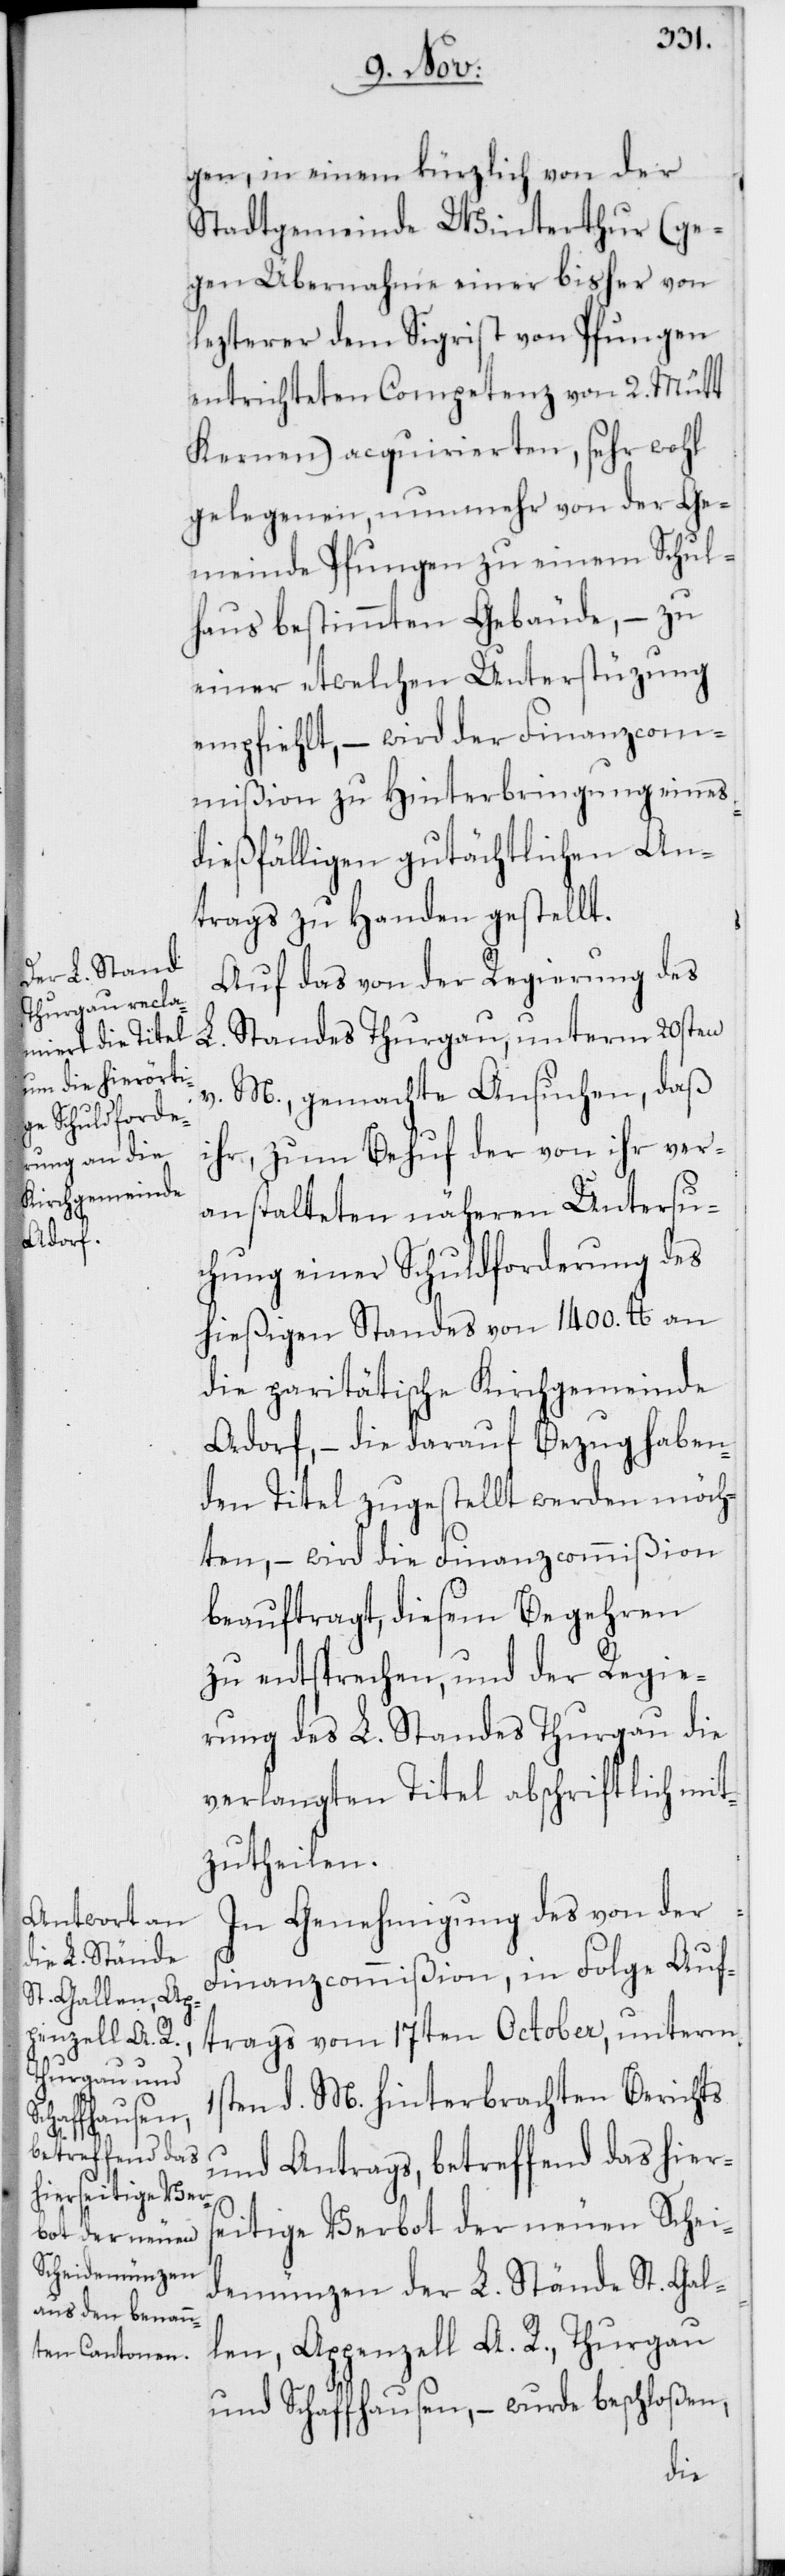
gen in einem kürzlich von der
Stadtgemeinde Winterthur (ge¬
gen Übernahme einer bisher von
lezterer dem Sigrist von Pfungen
entrichteten Competenz von 2. Mütt
Kernen) acquirierten, sehr wohl
gelegenen, nunmehr von der Ge¬
meinde Pfungen zu einem Schul¬
haus bestimmten Gebäude, – zu
einer etwelchen Unterstüzung
empfiehlt, – wird der Finanzcom¬
mißion zu Hinterbringung eines
dießfälligen gutächtlichen An¬
trags zu Handen gestellt.
Auf das von der Regierung des
Standes Thurgau, unterm 20sten
v. M., gemachte Ansuchen, daß
ihr, zum Behuf der von ihr ver¬
anstalteten näheren Untersu¬
chung einer Schuldforderung des
hießigen Standes von 1400. lb. an
die paritätische Kirchgemeinde
Adorf, – die darauf Bezug haben¬
den Titel zugestellt werden möch¬
ten, – wird die Finanzcommißion
beauftragt, diesem Begehren
zu entsprechen, und der Regie¬
rung des L. Standes Thurgau die
verlangten Titel abschriftlich mit¬
zutheilen.
In Genehmigung des von der
Finanzcommißion, in Folge Auf¬
trags vom 17ten October, unterm
1sten d. M. hinterbrachten Berichts
und Antrags, betreffend das hiers¬
eitige Verbot der neuen Schei¬
demünzen der L. Stände St. Gal¬
len, Appenzell A. R., Thurgau
und Schaffhausen, – wurde beschloßen,